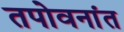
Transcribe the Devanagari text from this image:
तपोवनांत